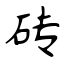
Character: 砖